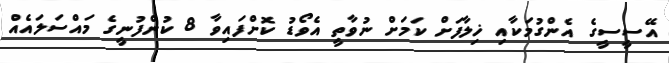
އޭސީސީގެ އެންގުމަކާއި ޚިލާފަށް ކަމަށް ނުވާތީ އެވޯޑު ކޮށްފައިވާ 8 ކުންފުނީގެ މައްސަލައެއް